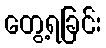
တွေ့ရခြင်း